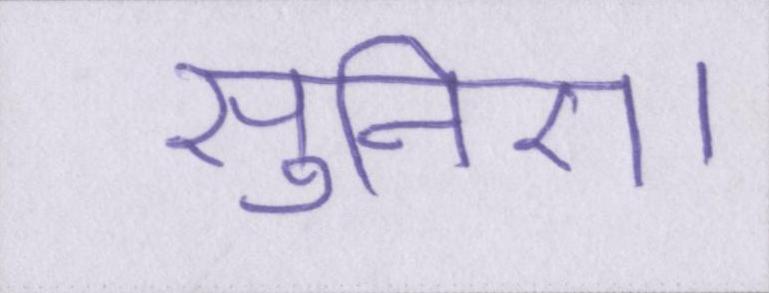
सुनिए।